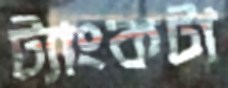
ট্যাংকটা